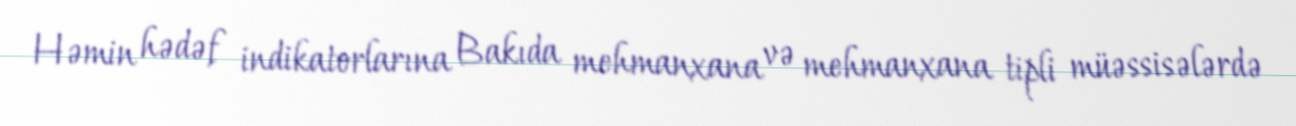
Həmin hədəf indikatorlarına Bakıda mehmanxana və mehmanxana tipli müəssisələrdə